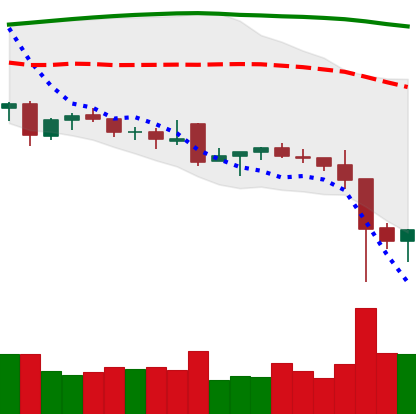
Ticker: NEO-USD
Chart end date: 2021-12-06
Forward return: -4.861%
Label: down_3_5